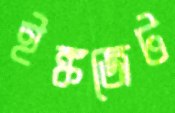
ইঙ্কজেট